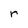
Character: r